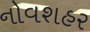
નોવશહર